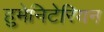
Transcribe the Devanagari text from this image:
हुमेनिटेरियन